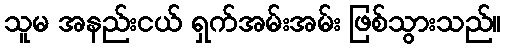
သူမ အနည်းငယ် ရှက်အမ်းအမ်း ဖြစ်သွားသည်။